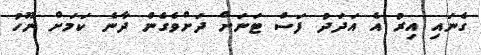
ގެނައި އިރު އެ އަދަދު ފަސް ޓަނަށް ދަށްވެގެން ދާނެ ކަމަށް ނޫހު